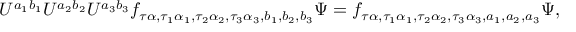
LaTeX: U ^ { a _ { 1 } b _ { 1 } } U ^ { a _ { 2 } b _ { 2 } } U ^ { a _ { 3 } b _ { 3 } } f _ { \tau \alpha , \tau _ { 1 } \alpha _ { 1 } , \tau _ { 2 } \alpha _ { 2 } , \tau _ { 3 } \alpha _ { 3 } , b _ { 1 } , b _ { 2 } , b _ { 3 } } \Psi = f _ { \tau \alpha , \tau _ { 1 } \alpha _ { 1 } , \tau _ { 2 } \alpha _ { 2 } , \tau _ { 3 } \alpha _ { 3 } , a _ { 1 } , a _ { 2 } , a _ { 3 } } \Psi ,